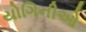
યોગિનીઓ